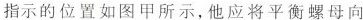
指示的位置如图甲所示，他应将平衡螺母向